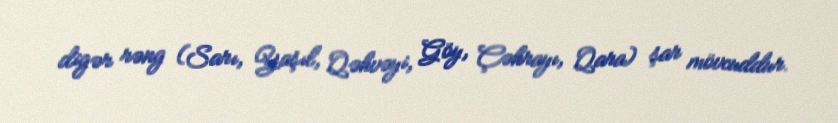
digər rəng (Sarı, Yaşıl, Qəhvəyi, Göy, Çəhrayı, Qara) şar mövcuddur.